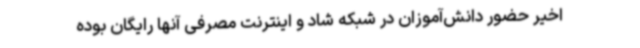
اخیر حضور دانش‌آموزان در شبکه شاد و اینترنت مصرفی آنها رایگان بوده